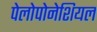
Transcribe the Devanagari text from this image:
पेलोपोनेशियल